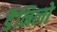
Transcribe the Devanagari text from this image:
डैनिलो